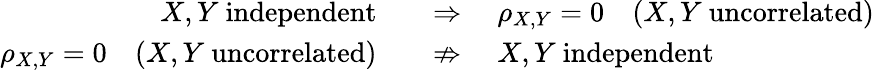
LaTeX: {\begin{array}{rl}{X,Y{\mathrm{~independent}}\quad}&{\Rightarrow\quad\rho_{X,Y}=0\quad(X,Y{\mathrm{~uncorrelated}})}\\ {\rho_{X,Y}=0\quad(X,Y{\mathrm{~uncorrelated}})\quad}&{\nRightarrow\quad X,Y{\mathrm{~independent}}}\end{array}}